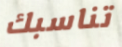
تناسبك